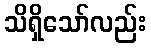
သိရှိသော်လည်း